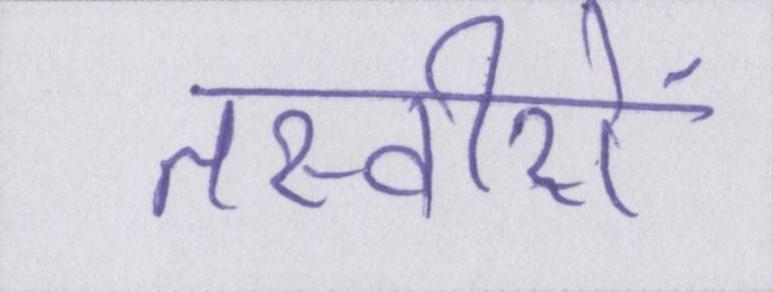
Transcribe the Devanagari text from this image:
तस्वीरों